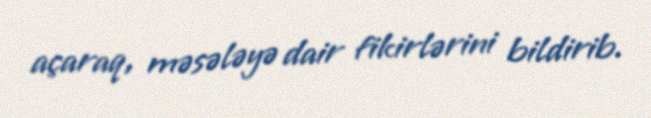
açaraq, məsələyə dair fikirlərini bildirib.